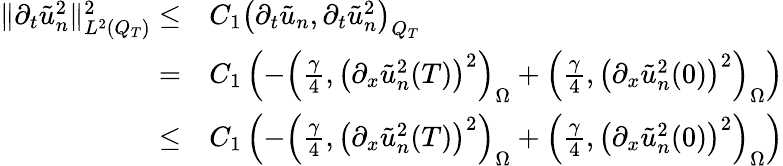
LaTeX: \begin{array}{rl}{\lVert\partial_{t}\tilde{u}_{n}^{2}\rVert_{L^{2}(Q_{T})}^{2}\leq}&{{}C_{1}\left(\partial_{t}\tilde{u}_{n},\partial_{t}\tilde{u}_{n}^{2}\right)_{Q_{T}}}\\ {=}&{{}C_{1}\left(-\left(\frac{\gamma}{4},\left(\partial_{x}\tilde{u}_{n}^{2}(T)\right)^{2}\right)_{\Omega}+\left(\frac{\gamma}{4},\left(\partial_{x}\tilde{u}_{n}^{2}(0)\right)^{2}\right)_{\Omega}\right)}\\ {\leq}&{{}C_{1}\left(-\left(\frac{\gamma}{4},\left(\partial_{x}\tilde{u}_{n}^{2}(T)\right)^{2}\right)_{\Omega}+\left(\frac{\gamma}{4},\left(\partial_{x}\tilde{u}_{n}^{2}(0)\right)^{2}\right)_{\Omega}\right)}\end{array}